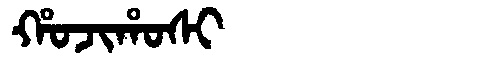
Manchu: ᡥᠣᠵᡳᡥᠣᠰᡳ
Romanization: HOJIHOSI